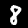
Digit: 8